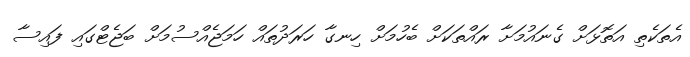
އެތަކެތި އަތޮޅަށް ގެނައުމަށާ ރައްތަކަށް ބެހުމަށް ހިނގާ ހަރަދުތައް ހަމަޖެއްސުމަށް ބަޖެޓްގައި ފައިސާ